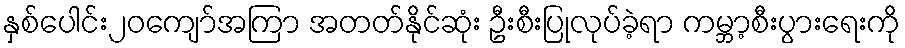
နှစ်ပေါင်း၂၀ကျော်အကြာ အတတ်နိုင်ဆုံး ဦးစီးပြုလုပ်ခဲ့ရာ ကမ္ဘာ့စီးပွားရေးကို